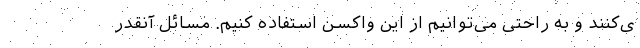
ی‌کنند و به راحتی می‌توانیم از این واکسن استفاده کنیم. مسائل آنقدر